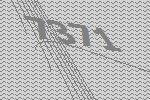
7371